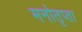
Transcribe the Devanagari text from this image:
मनोतृप्ता